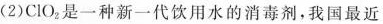
(2)ClO_{2} 是一种新一代饮用水的消毒剂，我国最近